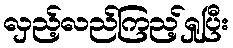
လှည့်လည်ကြည့်ရှုပြီး